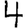
Digit: 4